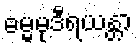
ဓမ္မမုဒီရယန္တာ